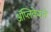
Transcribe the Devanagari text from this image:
ॲप्लिकेशने